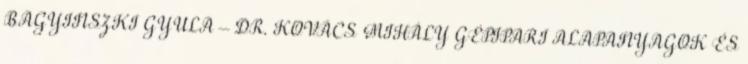
BAGYINSZKI GYULA – DR. KOVÁCS MIHÁLY GÉPIPARI ALAPANYAGOK ÉS